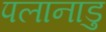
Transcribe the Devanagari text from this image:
पलानाडु